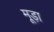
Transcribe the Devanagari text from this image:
मूड़ा